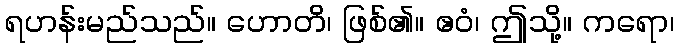
ရဟန်းမည်သည်။ ဟောတိ၊ ဖြစ်၏။ ဧဝံ၊ ဤသို့။ ကရော၊